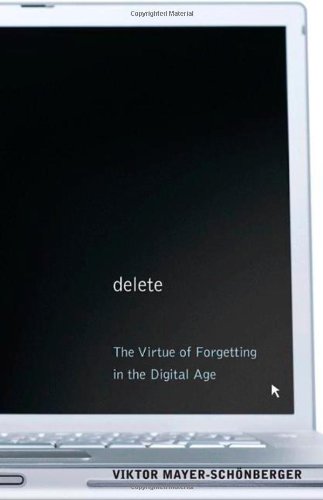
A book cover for Delete: The Virtue of Forgetting in the Digital Age; Viktor Mayer-SchÃ¶nberger; Law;